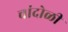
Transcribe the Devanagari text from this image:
चांदोळी